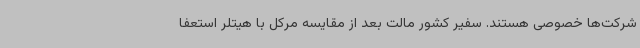
شرکت‌ها خصوصی هستند. سفیر کشور مالت بعد از مقایسه مرکل با هیتلر استعفا